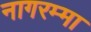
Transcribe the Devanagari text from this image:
नागरम्मा